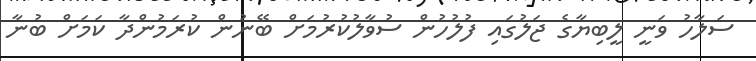
ސަލާހު ވަނީ ލީބިޔާގެ ޖަލުގައި ފުލުހުން ސުވާލުކުރުމަށް ބޭނުން ކުރަމުންދާ ކަމަށް ބުނާ